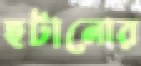
হটানোর